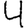
Digit: 4